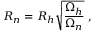
R _ { n } = R _ { h } \sqrt { \frac { \Omega _ { h } } { \Omega _ { n } } } \ ,